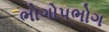
ભોગોપભોગ